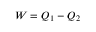
W = Q _ { 1 } - Q _ { 2 }